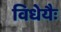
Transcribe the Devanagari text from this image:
विधेयैः